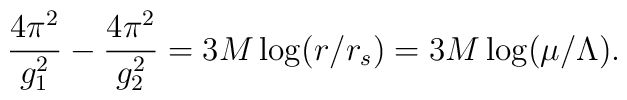
{4\pi^2\over g_1^2} - {4\pi^2\over g_2^2}= 3 M \log (r/r_s)=3 M \log(\mu/\Lambda).